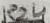
Text: R24